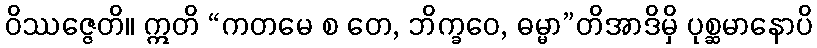
ဝိဿဇ္ဇေတိ။ ဣတိ “ကတမေ စ တေ, ဘိက္ခဝေ, ဓမ္မာ”တိအာဒိမှိ ပုစ္ဆမာနောပိ